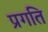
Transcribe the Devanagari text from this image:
प्रगति